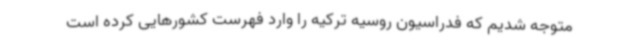
متوجه شدیم که فدراسیون روسیه ترکیه را وارد فهرست کشورهایی کرده است